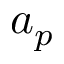
a _ { p }